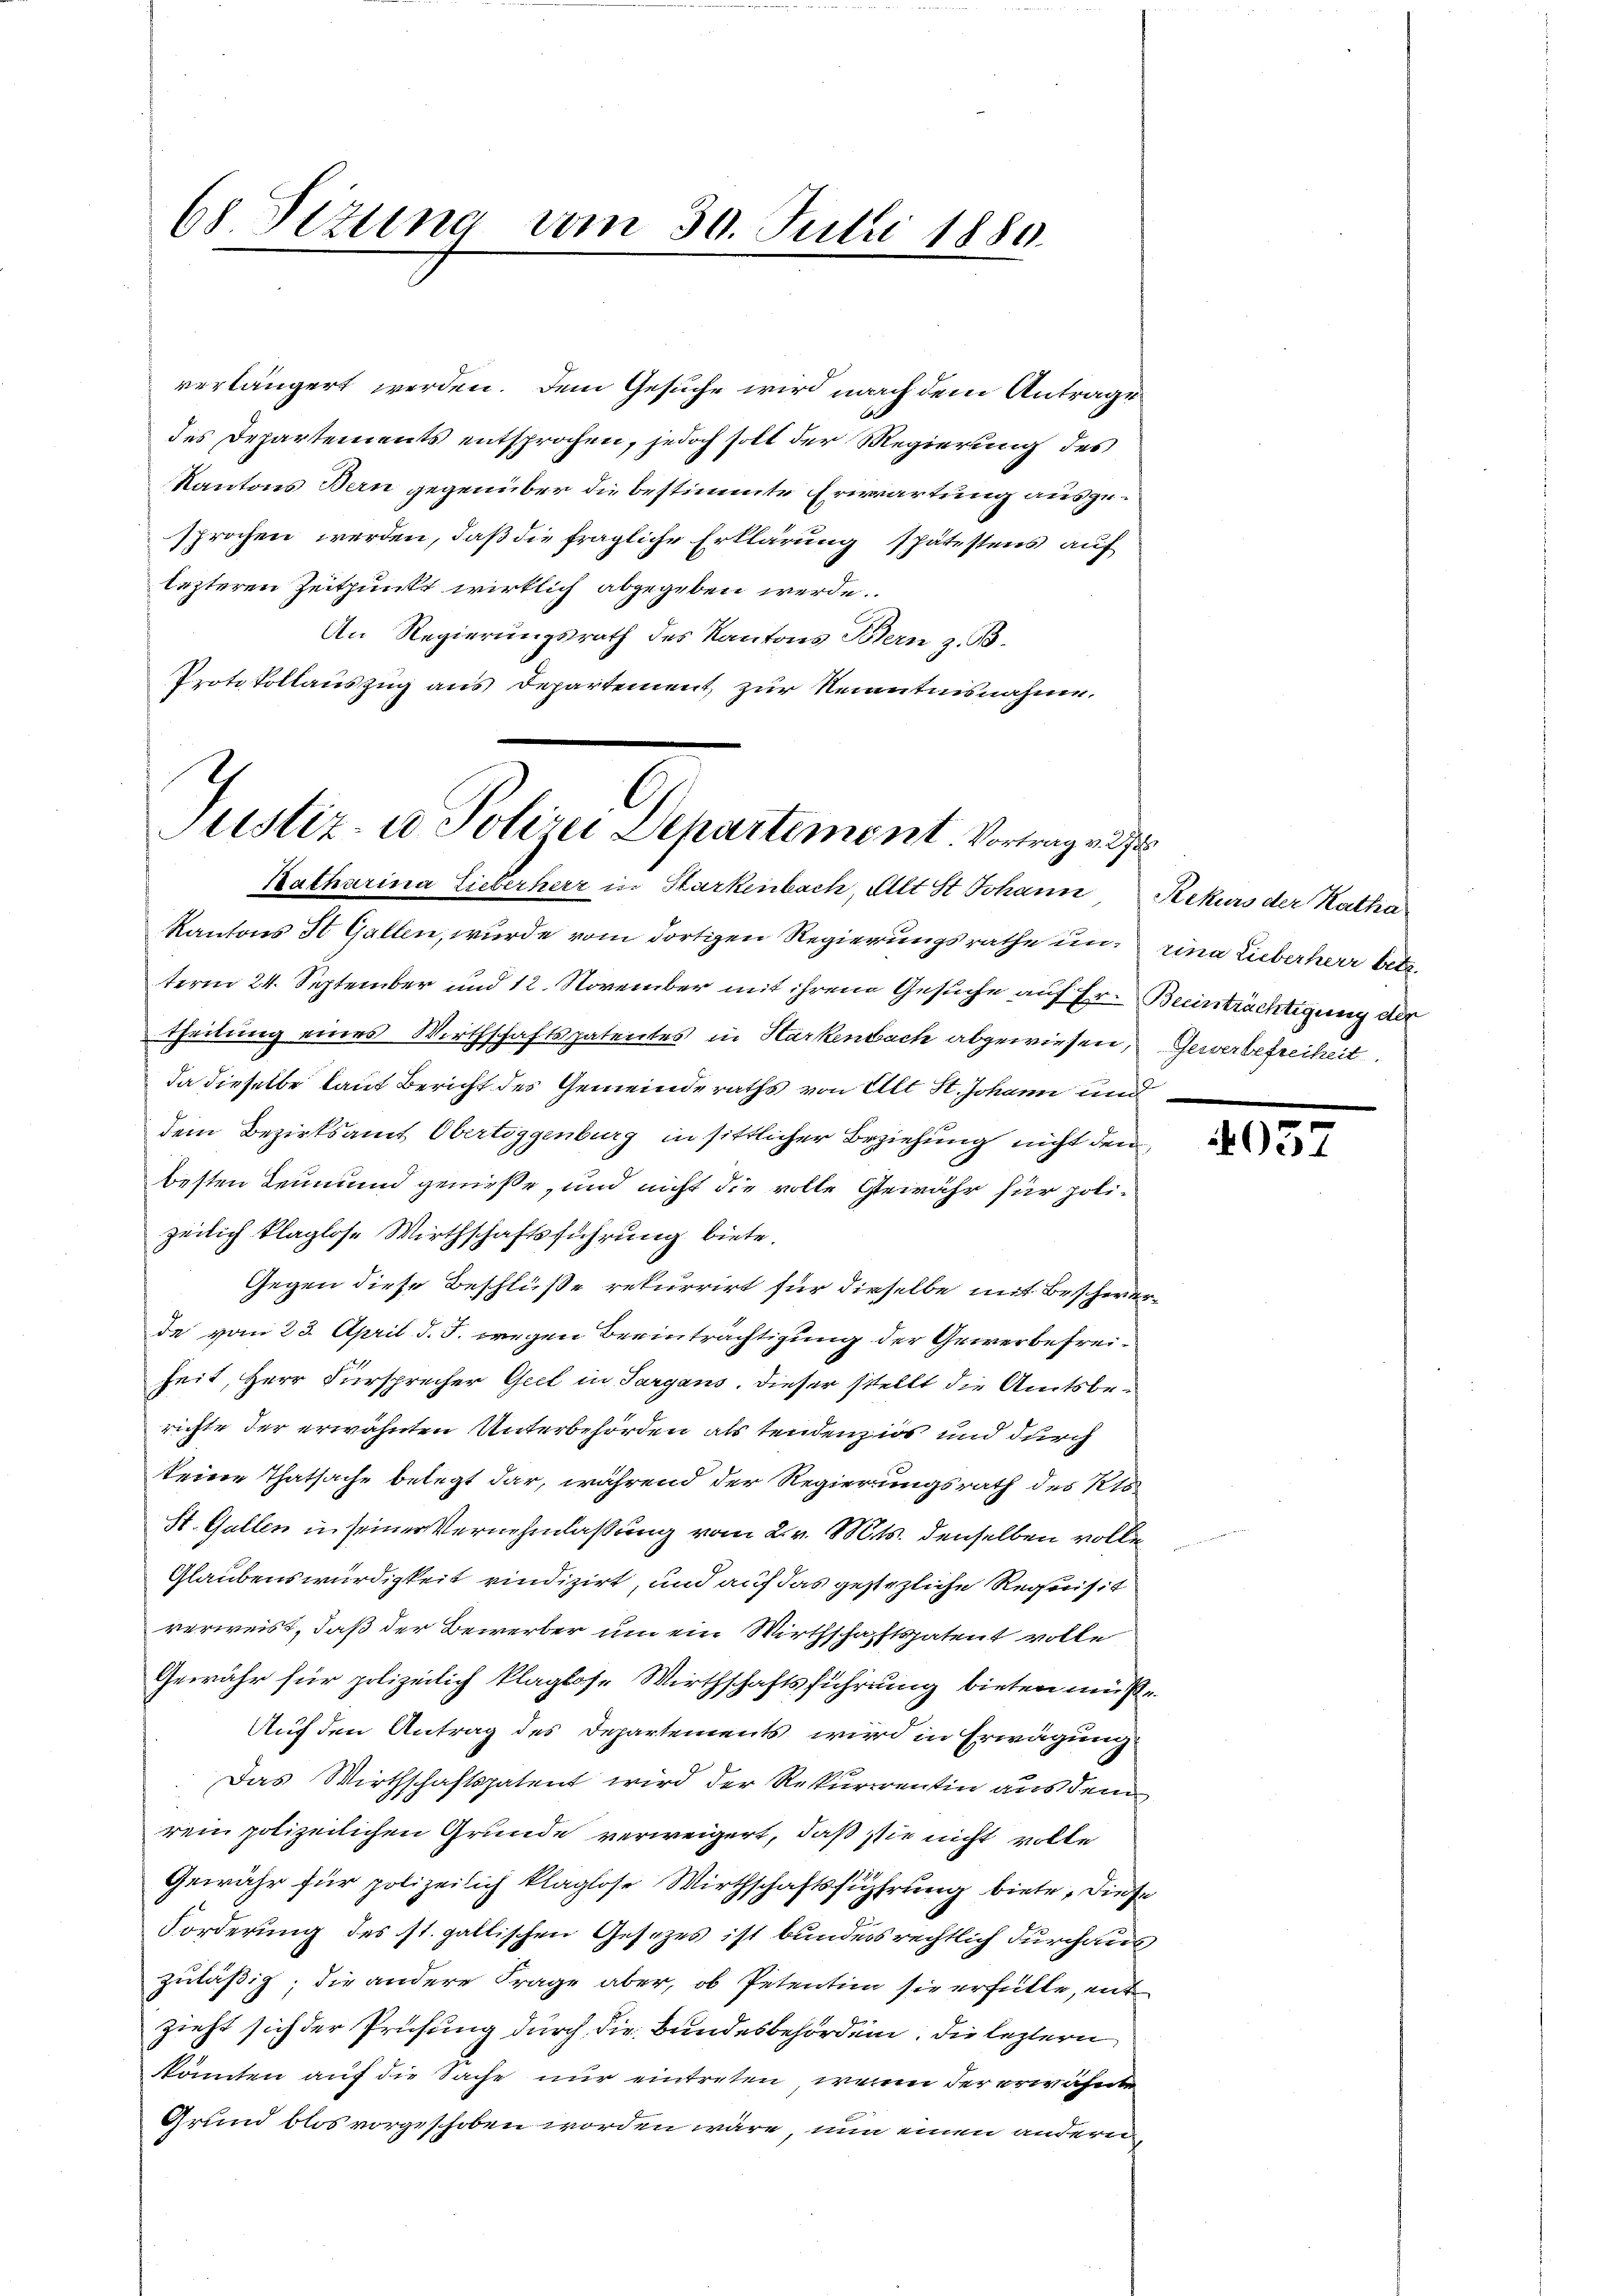
68 Sizung vom 30. Julii 1880.

verlängert werden. Dem Gesuche wird nach dem Antrage
des Departements entsprochen, jedoch soll der Regierung des
Kantons Bern gegenüber die bestimmte Erwartung ausgesprochen werden, daß die fragliche Erklärung spätestens auf
lezteren Zeitpunkt wirklich abgegeben werde.
An Regierungsrath des Kantons Bern z. B.
Protokollauszug aus Departement, zur Nenntnisnahme.

Justiz- u Polizei Departement Vortrag v. 272
Katharina Lieberherr in Harkenbach, Alt St. Johann Rekurs der Katha

Kantons St. Gallen, wurde vom dortigen Regierungsrathe un rina Lieberherr betr.
term 24. September und 12. November mit ihrem Gesuche auf Er- Beeinträchtigung der
theilung eines Wirthschaftspatentes in Harkenbach abgewiesen,
da dieselbe laut Bericht des Gemeinderaths von Alt St. Johann und
dem Bezirksamt Obertoggenburg in sittlicher Beziehung nicht den
besten Leumund genieße, und nicht die volle Gewähr für polizeilich klaglos. Wirthschaftsführung biete.
Gegen diese Beschlüße rekurrirt für dieselbe mit Beschwerde vom 23. April d. J. wegen Beeinträchtigung der Gewerbefreiheit, Herr Fürsprecher Geel in Sargans, dieser stellt die Amtsberichte der erwähnten Unterbehörden als tendenzios und durch
keine Thatsache belegt dar, während der Regierungsrath des Kts.
St. Gallen in seiner Vernehmlassung vom 2. v. Mts. denselben volle
Glaubenswürdigkeit vindizirt, und auf das gestehliche Requisit
verweist, daß der Bewerber um ein Wirthschafftspatent volle
Gewähr für polizeilich klaglose Wirthschaftsführung bieten müße
Auf den Antrag des Departements wird in Erwägung
Das Wirthschaftspatent wird der Rekurrentin aus dem
rein polizeilichen Grunde verweigert, daß sie nicht volle
Gewähr für polizeilich klaglose Wirthschaftsführung biete, diese
Forderung des st. gallischen Gesezes ist bunders rechtlich durchaus
zuläßig; die andere Frage aber, ob Petention sie erfülle, entzieht sich der Prüfung durch die Bundesbehörden, die leztern
kkönnten auf die Sache nur eintreten, wenn der erwähnte
Grund blos vorgeschoben worden wäre, nun einen andern,

Gewerbefreiheit.

403